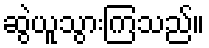
ဆွဲယူသွားကြသည်။